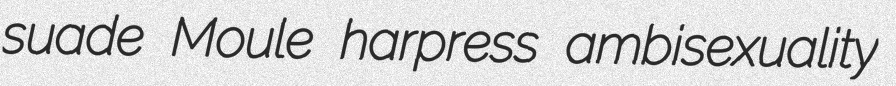
suade Moule harpress ambisexuality